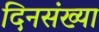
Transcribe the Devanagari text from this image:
दिनसंख्या